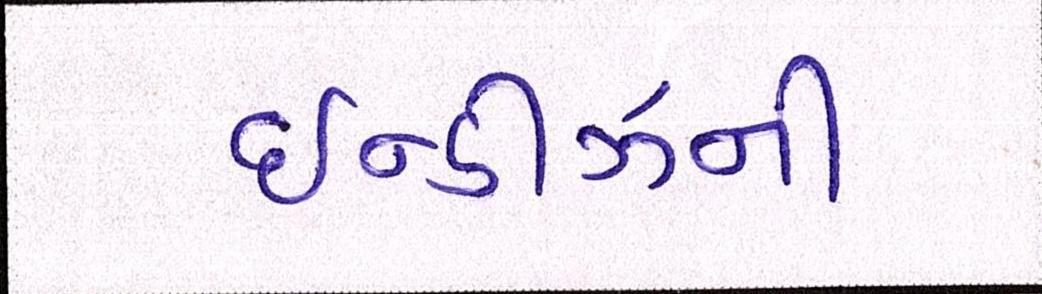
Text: ઇન્ડીઝની